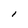
Character: I